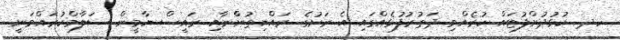
ހދ. ކުޅުދުށްފުޓައް ކުރެއްވި ދަތުރުފުޅެއްގައި އެ ރަށުގެ ރައްޔިތުންްނާއި ރައީސް ޔާމީން ސަލާމްކުރައްވަނީ